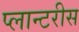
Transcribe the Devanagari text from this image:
प्लान्टरीस